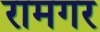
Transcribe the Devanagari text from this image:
रामगर